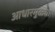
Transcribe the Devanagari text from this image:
आधारमुळ्या